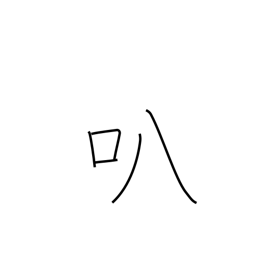
Meaning: open